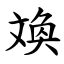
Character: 㪱